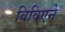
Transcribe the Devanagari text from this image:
विविएने